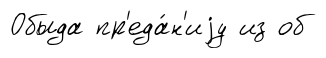
Обыда пр'еда́н'иjу из об